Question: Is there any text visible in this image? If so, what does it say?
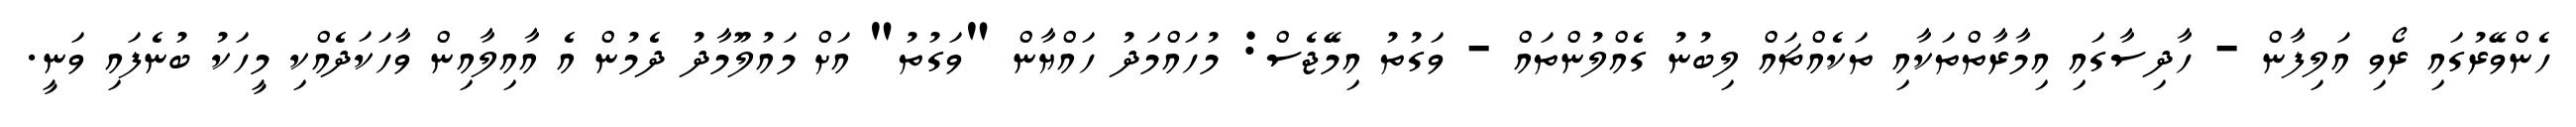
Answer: ހެންވޭރުގައި ރޯވި އަލިފާން - ހާދިސާގައި އިމާރާތްތަކާއި ތަކެއްޗައް ލިބުނު ގެއްލުންތައް - ވަގުތު އިމޭޖެސް: މުހައްމަދު ހައްޔާން "ވަގުތު" އަށް މައުލޫމާދު ދެމުން އެ އާއިލާއިން ވާހަކަދެއްކި މީހަކު ބުނެފައި ވަނީ.